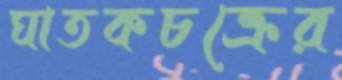
ঘাতকচক্রের